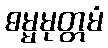
ဓမ္မမုတ္တမံ